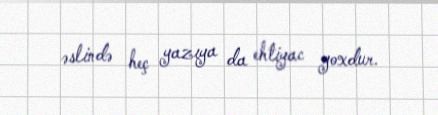
əslində heç yazıya da ehtiyac yoxdur.